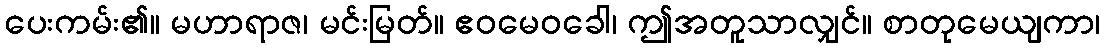
ပေးကမ်း၏။ မဟာရာဇ၊ မင်းမြတ်။ ဧဝမေဝခေါ၊ ဤအတူသာလျှင်။ စာတုမေယျကာ၊